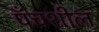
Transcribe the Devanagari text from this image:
पँचशील